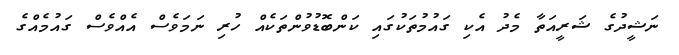
ނަޝީދުގެ ޝަރީއަތާ މެދު އެކި ގައުމުތަކުގައި ކަންބޮޑުވުންތަކެއް ހުރި ނަމަވެސް އެއްވެސް ގައުމެއްގެ